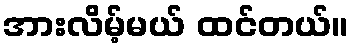
အားလိမ့်မယ် ထင်တယ်။